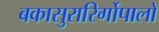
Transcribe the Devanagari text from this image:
बकासुरारिर्गोपालो